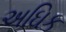
અઘિક